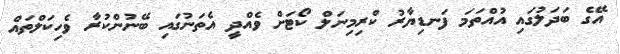
އޭގެ ބަދަލުގައި އުއްތަމަ ފަނޑިޔާރު ކްރިމިނަލް ކޯޓަށް ވެއްދީ އެތަނުގައި ބޭނުންކުރާ ވެހިކަލްތައް